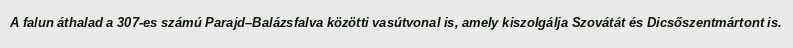
A falun áthalad a 307-es számú Parajd–Balázsfalva közötti vasútvonal is, amely kiszolgálja Szovátát és Dicsőszentmártont is.